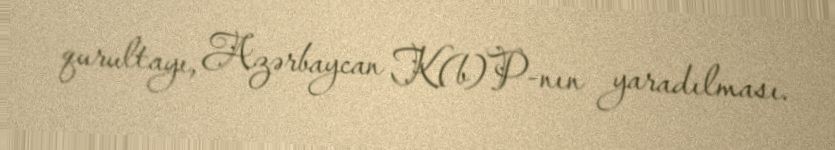
qurultayı, Azərbaycan K(b)P-nın yaradılması.